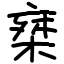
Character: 椉